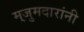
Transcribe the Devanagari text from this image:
मुजुमदारांनी